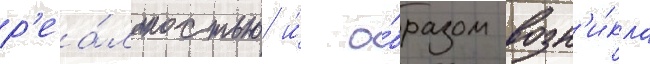
р'еа́льностью и́ о́бразом возн'и́кла